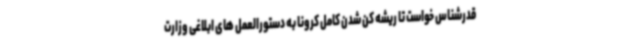
قدرشناس خواست تا ریشه کن شدن کامل کرونا به دستورالعمل های ابلاغی وزارت